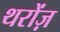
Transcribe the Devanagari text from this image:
थरोंज़